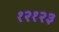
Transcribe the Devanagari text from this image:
१२१२३